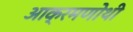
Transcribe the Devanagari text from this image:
आक्रमणोथी